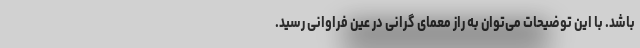
باشد. با این توضیحات می‌توان به راز معمای گرانی در عین فراوانی رسید.